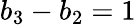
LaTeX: b_{3}-b_{2}=1